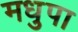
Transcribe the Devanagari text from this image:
मधुपा